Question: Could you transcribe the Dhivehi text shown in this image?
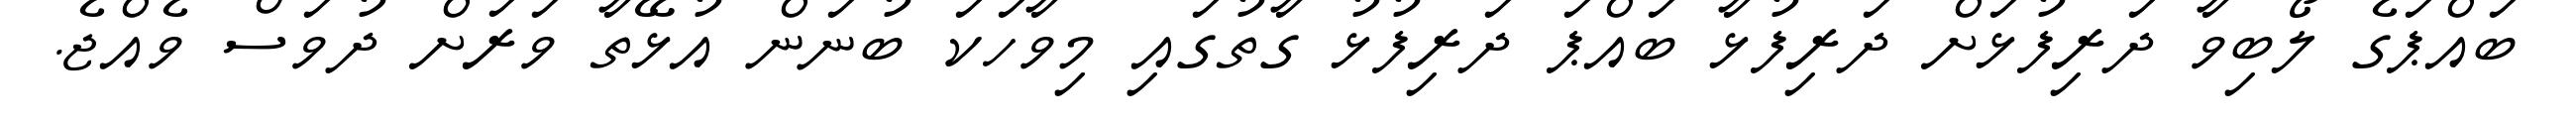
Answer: ބައްޕަގެ ލޯބިވާ ދަރިފުޅަށް ދަރިފުޅާ ބައްޕަ ދަރިފުޅު ގާތުގައި މިވާހަކަ ބުނަން އުޅޭތާ ވަރަށް ދުވަސް ވެއްޖެ.